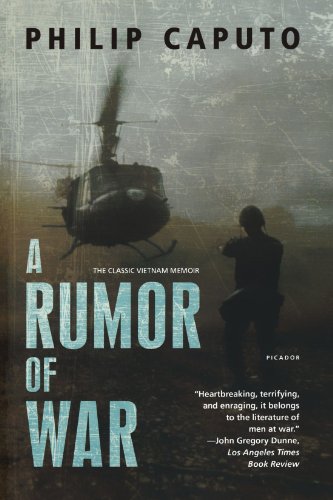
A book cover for A Rumor of War; Philip Caputo; History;